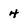
Character: 4